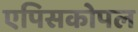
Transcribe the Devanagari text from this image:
एपिसकोपल